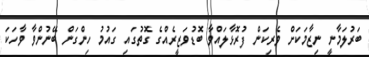
ބަރުލަމާނީ ނިޒާމަކަަށް ވެރިކަން ފުރޮޅާލައްވާ ބޮޑުވަޒީރެއްގެ ގޮތުގައި ގައުމު ހިންގަން ބޭނުންވާ ވާހަކަ